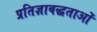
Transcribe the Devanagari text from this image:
प्रतिज्ञाबद्धताओं